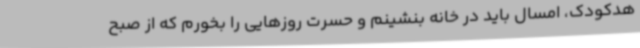
هدکودک، امسال باید در خانه بنشینم و حسرت روزهایی را بخورم که از صبح